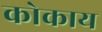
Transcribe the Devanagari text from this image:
कोकाय